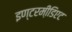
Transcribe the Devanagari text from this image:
इण्टरमी़डिएट